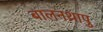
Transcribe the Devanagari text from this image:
बालनथ्रापु